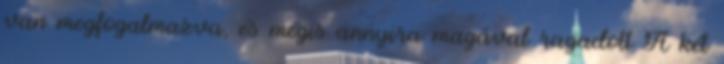
van megfogalmazva, és mégis annyira magával ragadott A két